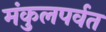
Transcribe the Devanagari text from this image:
मंकुलपर्वत